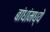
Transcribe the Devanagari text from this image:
बांधांमध्ये